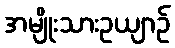
အမျိုးသားဥယျာဉ်